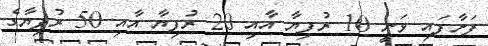
ފަށާފައި ވަނީ 10 ރުފިޔާ އާއި 20 ރުފިޔާ އާއި 50 ރުފިޔާގެ